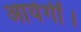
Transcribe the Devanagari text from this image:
आयेगीं।